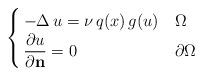
LaTeX: \begin{align*}\begin{cases}\, -\Delta \,u = \nu \, q(x)\,g(u) & \Omega \\\, \dfrac{\partial u}{\partial {\bf n}} = 0 & \partial\Omega\end{cases}\end{align*}